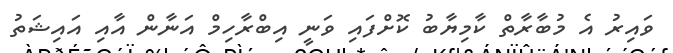
ވައިރު އެ މުބާރާތް ކާމިޔާބު ކޮށްފައި ވަނީ އިބްރާހިމް އަނާން އާއި އައިޝަތު